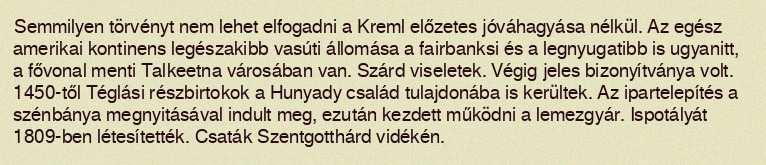
Semmilyen törvényt nem lehet elfogadni a Kreml előzetes jóváhagyása nélkül. Az egész amerikai kontinens legészakibb vasúti állomása a fairbanksi és a legnyugatibb is ugyanitt, a fővonal menti Talkeetna városában van. Szárd viseletek. Végig jeles bizonyítványa volt. 1450-től Téglási részbirtokok a Hunyady család tulajdonába is kerültek. Az ipartelepítés a szénbánya megnyitásával indult meg, ezután kezdett működni a lemezgyár. Ispotályát 1809-ben létesítették. Csaták Szentgotthárd vidékén.